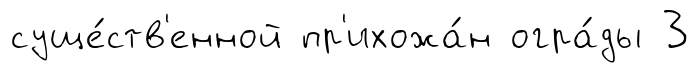
суще́ств'енной пр'ихожа́н огра́ды 3